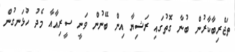
ތަޖްރިބާކާރުން ބުނާ ގޮތުގައި ރަޝިޔާ އިން ބޭނުން ވަނީ ސީރިއާއާ މެދު ހުޅަނގުން